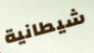
شيطانية